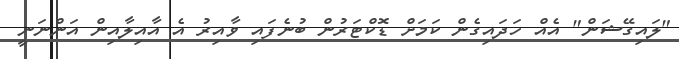
"ލައިގޭޝަން" އެއް ހަދައިގެން ކަމަށް ޑޮކްޓަރުން ބުނެފައި ވާއިރު އެ އާއިލާއިން އަންނަނީ